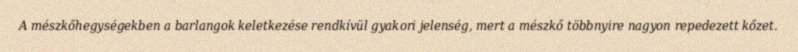
A mészkőhegységekben a barlangok keletkezése rendkívül gyakori jelenség, mert a mészkő többnyire nagyon repedezett kőzet.